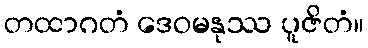
တထာဂတံ ဒေဝမနုဿ ပူဇိတံ။